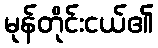
မုန်တိုင်းငယ်၏